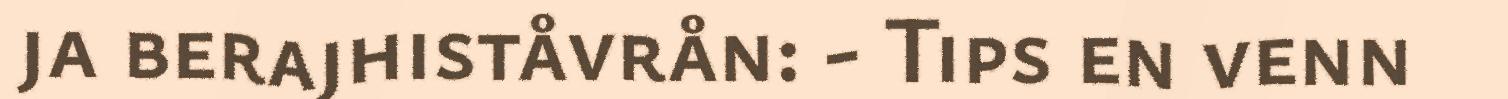
ja berajhiståvrån: - Tips en venn